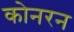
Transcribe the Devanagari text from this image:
कोनरन